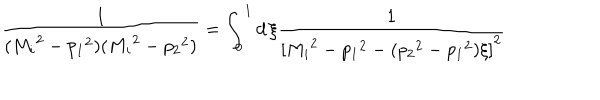
LaTeX: \frac { 1 } { ( { M _ { i } } ^ { 2 } - { p _ { 1 } } ^ { 2 } ) ( { M _ { i } } ^ { 2 } - { p _ { 2 } } ^ { 2 } ) } = \int _ { 0 } ^ { 1 } d \, \xi \frac { 1 } { { [ { M _ { i } } ^ { 2 } - { p _ { 1 } } ^ { 2 } - ( { p _ { 2 } } ^ { 2 } - { p _ { 1 } } ^ { 2 } ) \xi ] } ^ { 2 } }